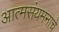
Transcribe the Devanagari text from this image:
आत्मसंयमनाचे